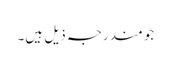
جو مندرجہ ذیل ہیں۔